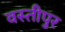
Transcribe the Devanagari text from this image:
वस्तीपुर